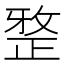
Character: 𭣼